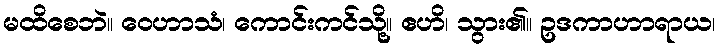
မထိစေဘဲ။ ဝေဟာသံ၊ ကောင်းကင်သို့။ ဧဟိ၊ သွား၏။ ဥဒကာဟာရာယ၊